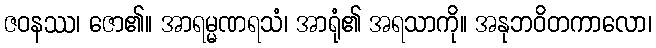
ဇဝနဿ၊ ဇော၏။ အာရမ္မဏရသံ၊ အာရုံ၏ အရသာကို။ အနုဘဝိတကာလော၊